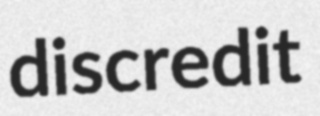
discredit